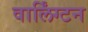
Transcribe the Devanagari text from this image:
वार्लिंग्टन